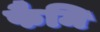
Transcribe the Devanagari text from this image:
फैमि